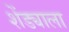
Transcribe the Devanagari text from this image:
शेंड्याला